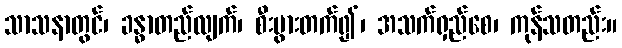
သာသနာတွင်၊ ခန္ဓာတည်လျက်၊ စီးပွားတက်၍၊ အသက်ရှည်စေ၊ ကုန်သတည်း။